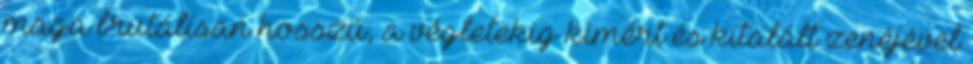
maga brutálisan hosszú, a végletekig kimért és kitalált zenéjével